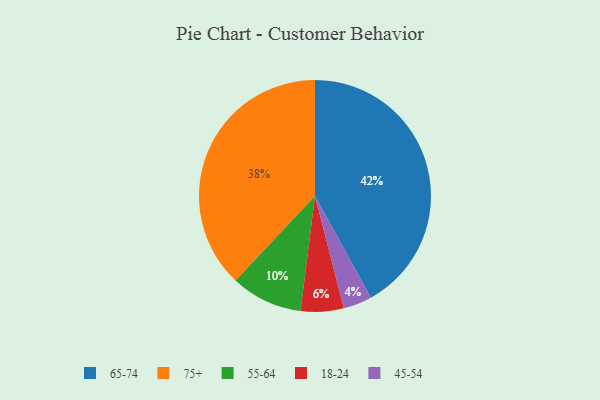
{"axis": {"x": "Category", "y": "Percentage"}, "legend": ["18-24", "45-54", "55-64", "65-74", "75+"], "data": [{"x": "75+", "y": 38, "type": "75+"}, {"x": "45-54", "y": 4, "type": "45-54"}, {"x": "55-64", "y": 10, "type": "55-64"}, {"x": "18-24", "y": 6, "type": "18-24"}, {"x": "65-74", "y": 42, "type": "65-74"}]}